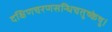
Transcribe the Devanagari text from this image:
दक्षिणचरणसन्धिचतुष्केषु।